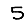
Digit: 5